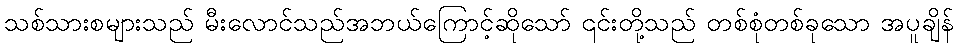
သစ်သားစများသည် မီးလောင်သည်အဘယ်ကြောင့်ဆိုသော် ၎င်းတို့သည် တစ်စုံတစ်ခုသော အပူချိန်